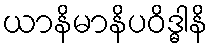
ယာနိမာနိပဝိဒ္ဓါနိ